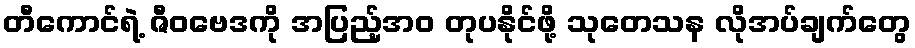
တီကောင်ရဲ့ ဇီဝဗေဒကို အပြည့်အဝ တုပနိုင်ဖို့ သုတေသန လိုအပ်ချက်တွေ